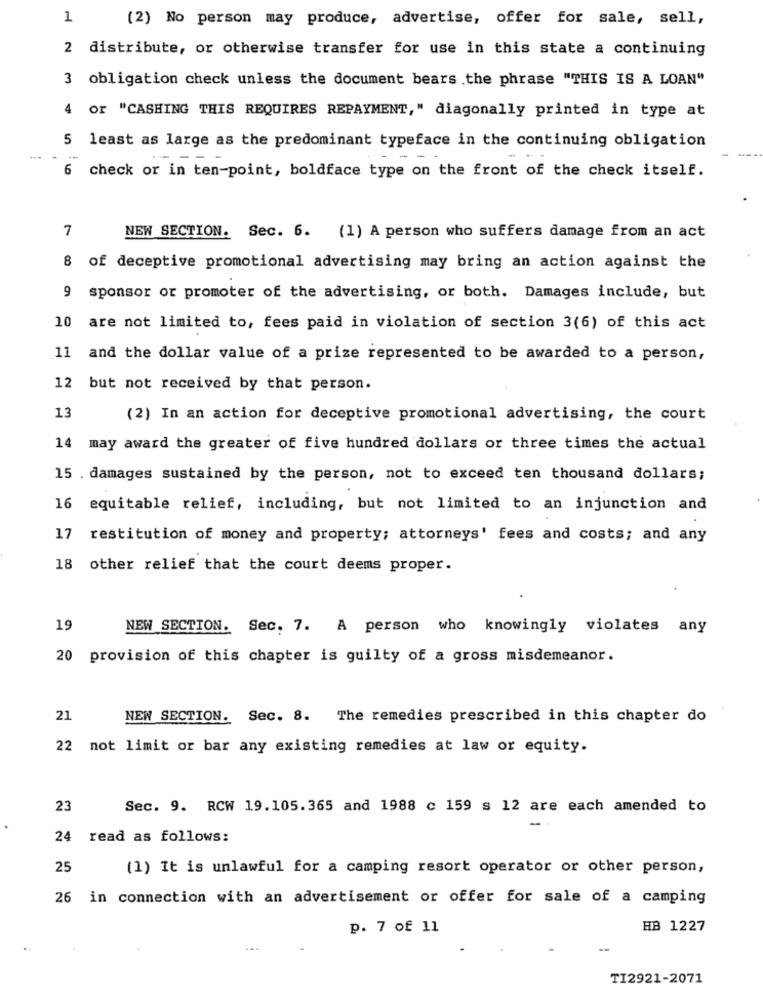
1
(2) No person may produce, advertise, offer for sale, sell,
2 distribute, or otherwise transfer for use in this state a continuing
3 obligation check unless the document bears the phrase "THIS IS A LOAN"
4 or "CASHING THIS REQUIRES REPAYMENT," diagonally printed in type at
5 least as large as the predominant typeface in the continuing obligation
6 check or in ten-point, boldface type on the front of the check itself.
7
NEW SECTION. Sec. 6. (1) A person who suffers damage from an act
8 of deceptive promotional advertising may bring an action against the
9 sponsor or promoter of the advertising, or both. Damages include, but
10 are not limited to, fees paid in violation of section 3(6) of this act
11
and the dollar value of a prize represented to be awarded to a person,
12
but not received by that person.
13
(2) In an action for deceptive promotional advertising, the court
14 may award the greater of five hundred dollars or three times the actual
15 . damages sustained by the person, not to exceed ten thousand dollars;
16 equitable relief, including, but not limited to an injunction and
17
restitution of money and property; attorneys' fees and costs; and any
18 other relief that the court deems proper.
19
NEW SECTION. Sec. 7. A person who knowingly violates any
20
provision of this chapter is guilty of a gross misdemeanor.
21
NEW SECTION. Sec. 8. The remedies prescribed in this chapter do
22 not limit or bar any existing remedies at law or equity.
23
Sec. 9. RCW 19.105.365 and 1988 c 159 s 12 are each amended to
-
24 read as follows:
25
(1) It is unlawful for a camping resort operator or other person,
26 in connection with an advertisement or offer for sale of a camping
p. 7 of 11
HB 1227
--
TI2921-2071